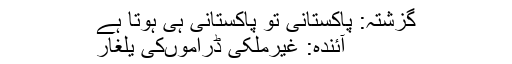
گزشتہ: پاکستانی تو پاکستانی ہی ہوتا ہے
آئندہ: غیرملکی ڈراموںکی یلغار